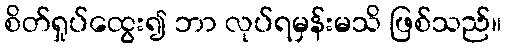
စိတ်ရှုပ်ထွေး၍ ဘာ လုပ်ရမှန်းမသိ ဖြစ်သည်။